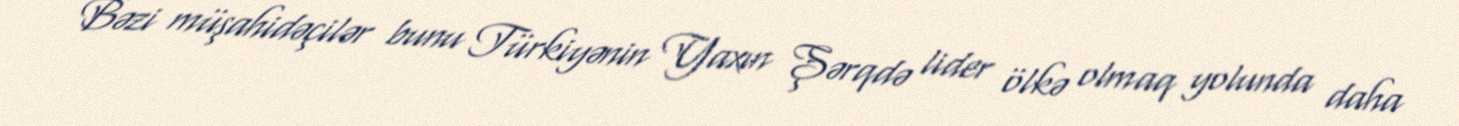
Bəzi müşahidəçilər bunu Türkiyənin Yaxın Şərqdə lider ölkə olmaq yolunda daha